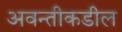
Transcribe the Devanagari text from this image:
अवन्तीकडील